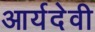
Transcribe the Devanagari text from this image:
आर्यदेवी